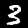
Label: 3